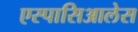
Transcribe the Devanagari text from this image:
एस्पासिआलेस